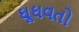
ઘૂઘવતો